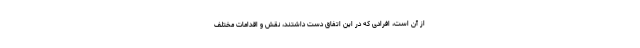
از آن است، افرادی که در این اتفاق دست داشتند، نقش و اقدامات مختلف